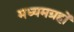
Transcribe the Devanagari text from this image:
मध्यमग्रहों